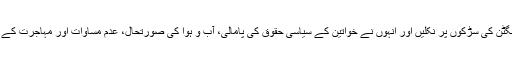
رپورٹ کے مطابق دسیوں ہزار امریکی خواتین نیویارک اور واشنگٹن کی سڑکوں پر نکلیں اور انہوں نے خواتین کے سیاسی حقوق کی پامالی، آب و ہوا کی صورتحال، عدم مساوات اور مہاجرت کے مسائل کو لے کر ڈونلڈ ٹرمپ کی پالیسیوں کے خلاف مظاہرہ کیا۔